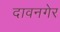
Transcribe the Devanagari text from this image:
दावनगेर